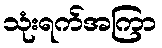
သုံးရက်အကြာ